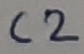
Text: C2